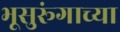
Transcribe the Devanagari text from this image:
भूसुरूंगाच्या